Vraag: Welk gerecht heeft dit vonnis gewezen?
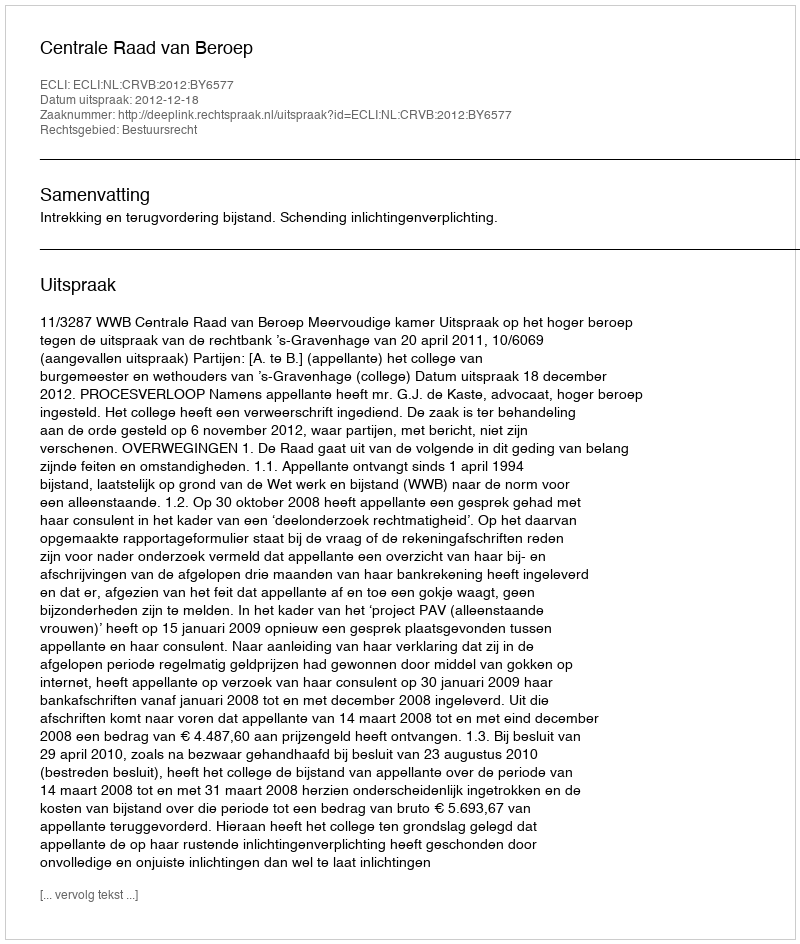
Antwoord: Centrale Raad van Beroep